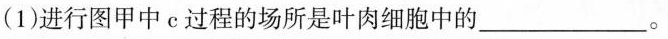
(1)进行图甲中c过程的场所是叶肉细胞中的___。